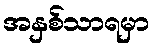
အနှစ်သာရမှာ